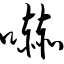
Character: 吓